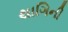
થાગિની